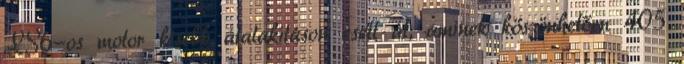
LS6-os motor kisebb átalakításon esett át, aminek köszönhetően 405